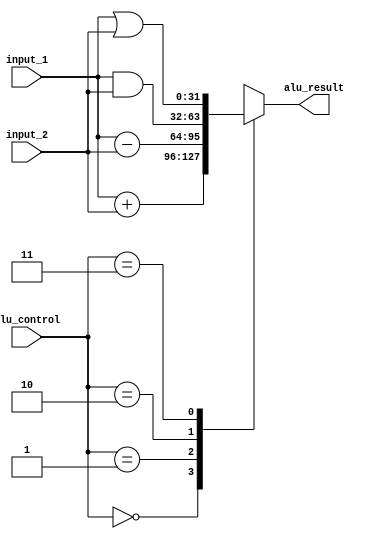
module alu (
 input [31:0] input_1, 
 input [31:0] input_2,
 input[1:0] alu_control,
 output reg [31:0] alu_result
);

parameter Add = 2'b00;
parameter Sub = 2'b01;
parameter And = 2'b10;
parameter Or  = 2'b11;

always @(*) begin
    case(alu_control)
    Add: alu_result = input_1 + input_2;
    Sub: alu_result = input_1 - input_2;
    And: alu_result = input_1 & input_2;
    Or: alu_result = input_1 | input_2;
endcase

end
endmodule